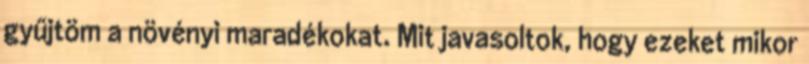
gyűjtöm a növényi maradékokat. Mit javasoltok, hogy ezeket mikor